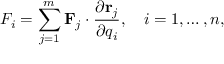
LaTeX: F _ { i } = \sum _ { j = 1 } ^ { m } \mathbf { F } _ { j } \cdot { \frac { \partial \mathbf { r } _ { j } } { \partial q _ { i } } } , \quad i = 1 , \ldots , n ,